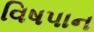
વિષપાન